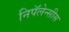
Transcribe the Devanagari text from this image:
निपॅलेन्सीस